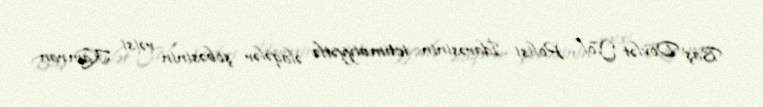
Baş Dövlət Yol Polisi İdarəsinin ictimaiyyətlə əlaqələr şöbəsinin rəisi Kamran